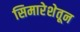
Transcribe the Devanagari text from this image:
सिमारेशेतून